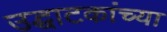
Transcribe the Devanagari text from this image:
उद्घाटकांच्या